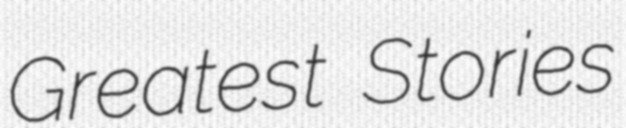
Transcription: Greatest Stories